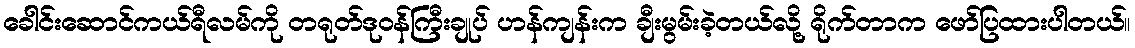
ခေါင်းဆောင်ကယ်ရီလမ်ကို တရုတ်ဒုဝန်ကြီးချုပ် ဟန်ကျန်းက ချီးမွမ်းခဲ့တယ်လို့ ရိုက်တာက ဖော်ပြထားပါတယ်။